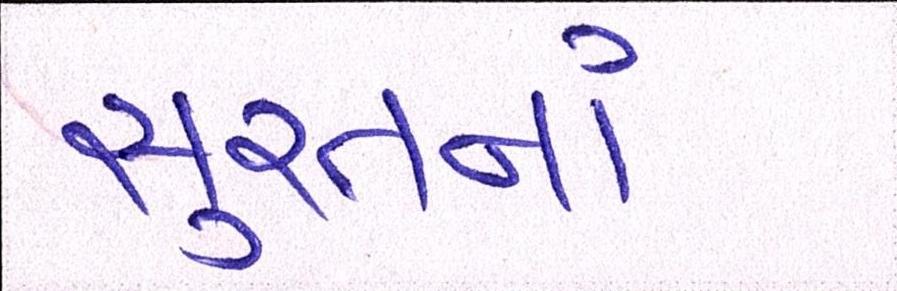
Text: સુરતનાં